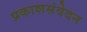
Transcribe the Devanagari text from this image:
प्रकाशसंवेदन